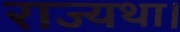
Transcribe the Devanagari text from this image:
राज्यथा।